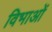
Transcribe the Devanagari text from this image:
विभाओं